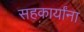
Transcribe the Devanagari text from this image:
सहकार्यांना